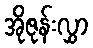
အိုဇုန်းလွှာ